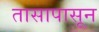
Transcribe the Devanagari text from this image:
तासापासून